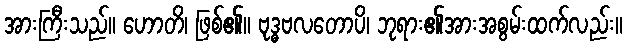
အားကြီးသည်။ ဟောတိ၊ ဖြစ်၏။ ဗုဒ္ဓဗလတောပိ၊ ဘုရား၏အားအစွမ်းထက်လည်း။